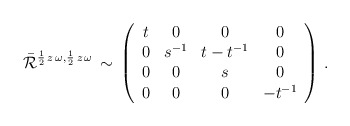
\begin{align*}\bar{\cal R}^{\frac{1}{2}\,z\,\omega ,\frac{1}{2}\,z\,\omega }\,\sim \,\left( \begin{array}{cccc}t & 0 & 0 & 0 \\0 & s^{-1} & t-t^{-1} & 0 \\0 & 0 & s & 0 \\0 & 0 & 0 & -t^{-1}\end{array} \right)\,.\end{align*}